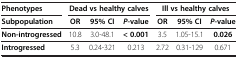
| Phenotypes | <COLSPAN=3> Dead vs healthy calves | <COLSPAN=3> Ill vs healthy calves |
 | Subpopulation | OR | 95% CI | P-value | OR | 95% CI | P-value |
 | --- | --- | --- | --- | --- | --- | --- |
 | Non-introgressed | 10.8 | 3.0-48.1 | < 0.001 | 3.5 | 1.05-15.1 | 0.026 |
 | Introgressed | 5.3 | 0.24-321 | 0.213 | 2.72 | 0.31-129 | 0.671 |